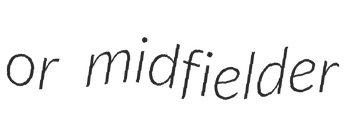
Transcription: or midfielder